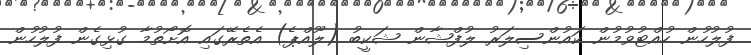
ފުލުހުން ހުއްޓުވުމުން ކައުންސިލަރު ލުފްޝާން ޝަކީބު (ލޫއްޕެ) އެތެރޭގައި އޮށޯތުމާ ގުޅިގެން ފުލުހުން